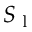
S _ { \textrm { l } }